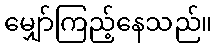
မျှော်ကြည့်နေသည်။